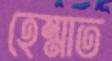
হেম্মাত